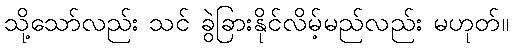
သို့သော်လည်း သင် ခွဲခြားနိုင်လိမ့်မည်လည်း မဟုတ်။